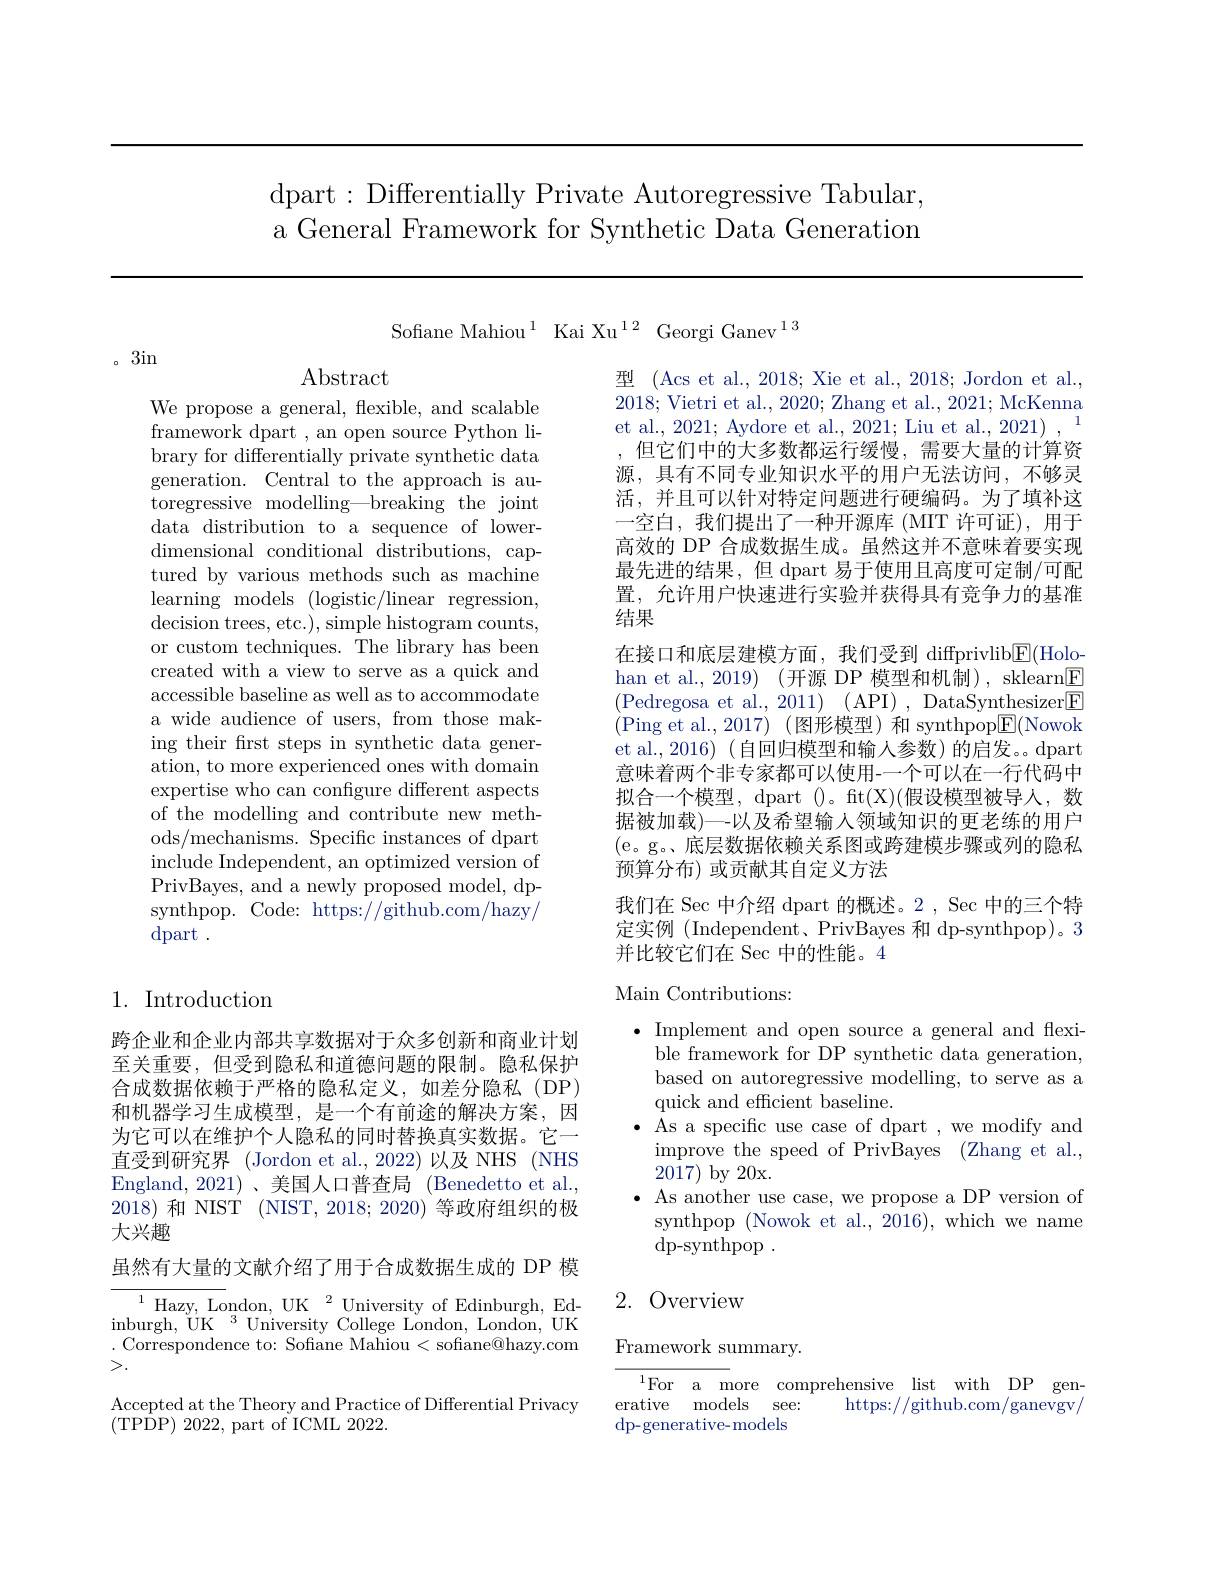
dpart: Differentially Private Autoregressive Tabular, a General Framework for Synthetic Data Generation

Sofiane Mahiou$^{1}$ Kai Xu$^{12}$ Georgi Ganev$^{13}$

。3in

Abstract

We propose a general, flexible, and scalable framework dpart , an open source Python library for differentially private synthetic data generation. Central to the approach is autoregressive modelling—breaking the joint data distribution to a sequence of lowerdimensional conditional distributions, captured by various methods such as machine learning models (logistic/linear regression, decision trees, etc.), simple histogram counts, or custom techniques. The library has been created with a view to serve as a quick and accessible baseline as well as to accommodate a wide audience of users, from those making their frst steps in synthetic data generation, to more experienced ones with domain expertise who can confgure different aspects of the modelling and contribute new methods/mechanisms. Specific instances of dpart include Independent, an optimized version of PrivBayes, and a newly proposed model, dpsynthpop. Code: https://github.com/hazy/ dpart.

## 1. Introduction

跨企业和企业内部共享数据对于众多创新和商业计划至关重要，但受到隐私和道德问题的限制。隐私保护合成数据依赖于严格的隐私定义，如差分隐私(DP) 和机器学习生成模型，是一个有前途的解决方案，因为它可以在维护个人隐私的同时替换真实数据。它一直受到研究界 (Jordon et al., 2022) 以及 NHS (NHS England,2021)、美国人口普查局 (Benedetto et al., 2018)和 NIST (NIST, 2018; 2020) 等政府组织的极大兴趣

虽然有大量的文献介绍了用于合成数据生成的 DP 模

$^{1}$Hazy, London, UK$^2$University of Edinburgh, Edinburgh, UK $^3$ University College London, London, UK . Correspondence to: Sofiane Mahiou<sofiane@hazy.com >.

Accepted at the Theory and Practice of Differential Privacy
(TPDP)2022, part of ICML 2022.

型 (Acs et al., 2018; Xie et al., 2018; Jordon et al., 2018; Vietri et al., 2020; Zhang et al., 2021; McKenna et al., 2021; Aydore et al., 2021; Liu et al., 2021) , 1
但它们中的大多数都运行缓慢，需要大量的计算资源，具有不同专业知识水平的用户无法访问，不够灵活，并且可以针对特定问题进行硬编码。为了填补这一空白，我们提出了一种开源库(MIT 许可证),用于高效的 DP 合成数据生成。虽然这并不意味着要实现最先进的结果，但 dpart 易于使用且高度可定制/可配置，允许用户快速进行实验并获得具有竞争力的基准结果
在接口和底层建模方面，我们受到 diffprivlib$\overline{\mathbb{E}}($Holohan et al.,2019) (开源 DP 模型和机制), sklearn$\underline{\mathrm{E}}$ (Pedregosa et al., 2011)(API),DataSynthesizer$\textcircled{\mathrm{E}}$ (Ping et al.,2017)(图形模型)和 synthpop$\boxed{\mathrm{F}}($Nowok et al., 2016) ( 自回归模型和输入参数) 的启发。dpart 意味着两个非专家都可以使用-一个可以在一行代码中拟合一个模型，dpart ()。ft(X)(假设模型被导人，数据被加载)一-以及希望输人领域知识的更老练的用户(e。g。、底层数据依赖关系图或跨建模步骤或列的隐私预算分布) 或贡献其自定义方法
我们在 Sec 中介绍 dpart 的概述。2 , Sec 中的三个特

定实例 (Independent、PrivBayes 和 dp-synthpop)。3
并比较它们在 Sec 中的性能。4

## Main Contributions:

$\bullet$ Implement and open source a general and flexi-
ble framework for DP synthetic data generation, based on autoregressive modelling, to serve as a quick and efficient baseline.
$\bullet$ As a specific use case of dpart , we modify and improve the speed of PrivBayes (Zhang et al., 2017) by 20x.
$\bullet$ As another use case, we propose a DP version of
synthpop (Nowok et al., 2016), which we name
dp-synthpop .

# 2. Overview

Framework summary.

$^{1}$For a comprehensive list with DP gen-
erative models see:
https://github.com/ganevgv/
dp-generative-models